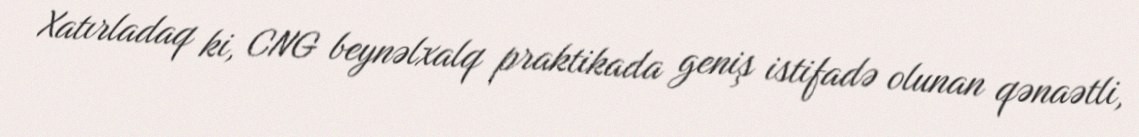
Xatırladaq ki, CNG beynəlxalq praktikada geniş istifadə olunan qənaətli,